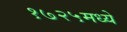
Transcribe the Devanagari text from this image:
१७२५मध्ये